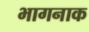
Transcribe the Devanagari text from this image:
भागनाक